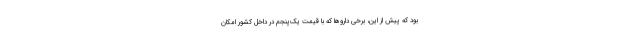
بود که پیش از این، برخی داروها که با قیمت یک‌پنجم در داخل کشور امکان